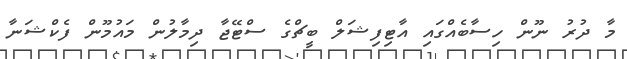
މާ ދުރު ނޫން ހިސާބެއްގައި އާޓިފިޝަލް ބީޗްގެ ސްޓޭޖާ ދިމާލުން މައުމޫން ފެކްޝަނާ